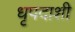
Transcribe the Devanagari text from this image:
धृपदाशी